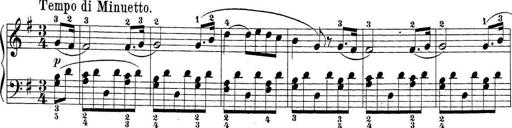
Title: Sonatina Album
Composer: Louis KÃ¶hler